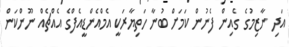
އަދި ނާޒިމުގެ ގެއިން ފެނުން ކަމަށް ބުނާ ހަތިޔާރަކީ އެމްއެންޑީއެފްގެ އެއްޗެއް ނޫންކަން